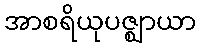
အာစရိယုပဇ္ဈာယာ